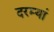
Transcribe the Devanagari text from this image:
दरम्‍यां